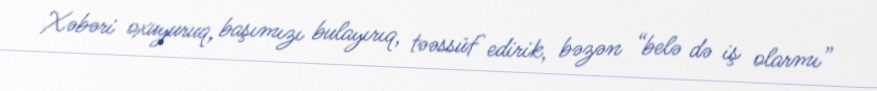
Xəbəri oxuyuruq, başımızı bulayırıq, təəssüf edirik, bəzən “belə də iş olarmı”